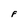
Character: F